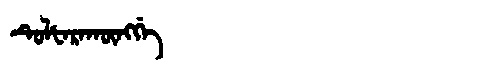
Manchu: ᡨᡠᠯᡶᠠᡵᠠᡴᡡᠩᡤᡝ
Romanization: TULFARAKŪNGGE